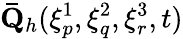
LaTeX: \mathbf{\bar{Q}}_{h}(\xi_{p}^{1},\xi_{q}^{2},\xi_{r}^{3},t)